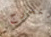
لنخرج